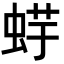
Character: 𧋪